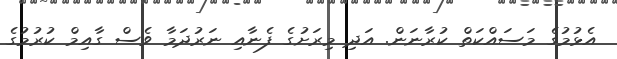
އެޅުމުގެ މަސައްކަތް ކުރާނަން. އަދި މިރަށުގެ ފެނާއި ނަރުދަމާ ވެސް ގާއިމް ކުރުމުގެ